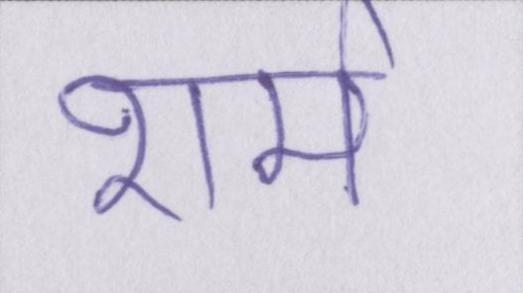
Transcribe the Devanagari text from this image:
शर्म